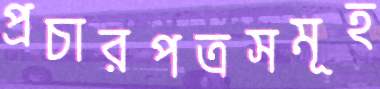
প্রচারপত্রসমূহ